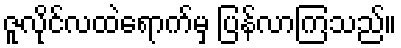
ဇူလိုင်လထဲရောက်မှ ပြန်လာကြသည်။